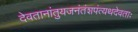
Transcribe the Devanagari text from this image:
देवतानांतुयजनंतंशपंत्यथदेवताः